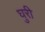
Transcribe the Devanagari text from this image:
घुरी